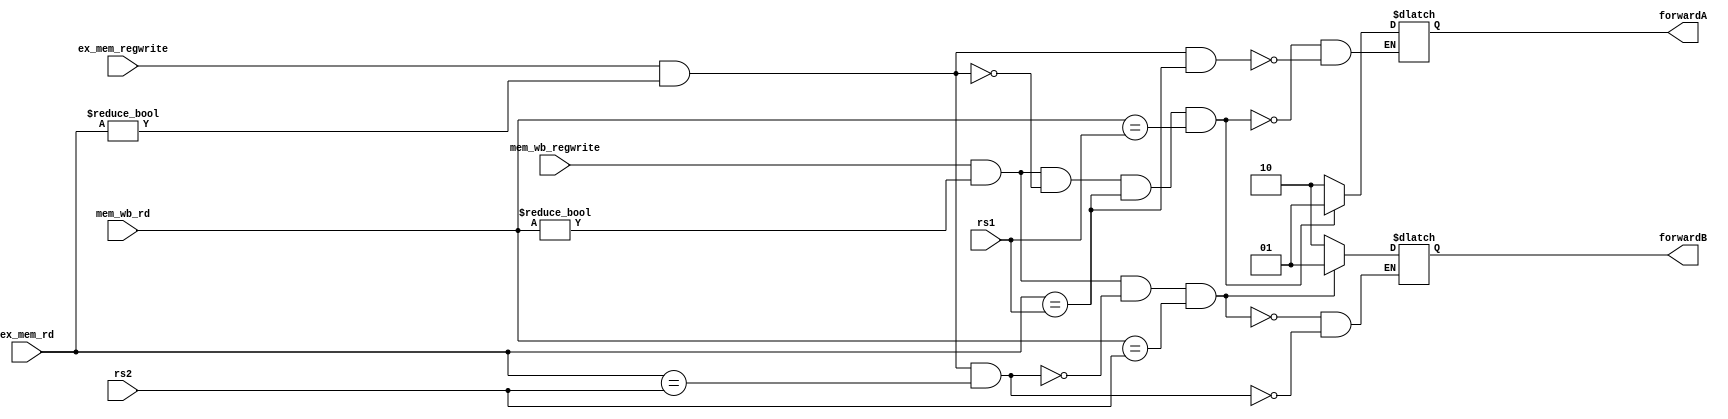
`timescale 1ns / 1ps

module forwarding(input [4:0] rs1,
                  input [4:0] rs2,
                  input [4:0] ex_mem_rd,
                  input [4:0] mem_wb_rd,
                  input ex_mem_regwrite,
                  input mem_wb_regwrite,
                  output reg [1:0] forwardA,forwardB);
    always @(*) begin
        // EX hazard
        if ((ex_mem_regwrite) && (ex_mem_rd != 0) && (ex_mem_rd == rs1))
            forwardA = 2'b10;
        if ((ex_mem_regwrite) && (ex_mem_rd != 0) && (ex_mem_rd == rs2))
            forwardB = 2'b10;
        // MEM hazard
        if (mem_wb_regwrite && 
            (mem_wb_rd != 0) && 
            !(ex_mem_regwrite && (ex_mem_rd != 0)) 
            && (ex_mem_rd == rs1) &&
            mem_wb_rd == rs1)
            forwardA = 2'b01;
        if (mem_wb_regwrite &&
           (mem_wb_rd != 0) && 
           !(ex_mem_regwrite && (ex_mem_rd != 0) && 
           (ex_mem_rd == rs2)) &&
           (mem_wb_rd == rs2))
           forwardB = 2'b01;
    end
endmodule